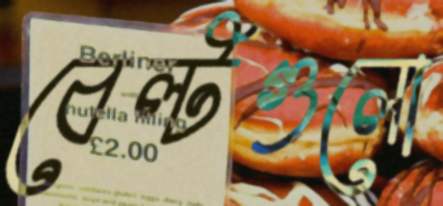
বেল্টগুলো